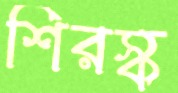
শিরস্ক